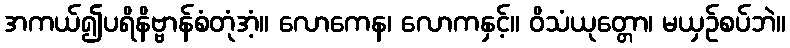
အကယ်၍ပရိနိဗ္ဗာန်စံတုံအံ့။ လောကေန၊ လောကနှင့်။ ဝိသံယုတ္တော၊ မယှဉ်စပ်ဘဲ။